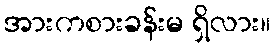
အားကစားခန်းမ ရှိလား။